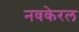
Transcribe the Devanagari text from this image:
नवकेरल